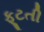
ફૂટતી